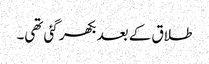
طلاق کے بعد بکھر گئی تھی۔